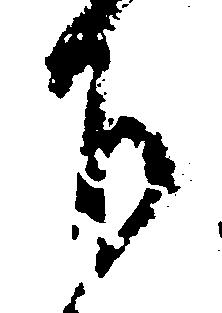
下